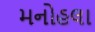
મનોહલા